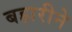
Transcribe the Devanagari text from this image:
बहारीने